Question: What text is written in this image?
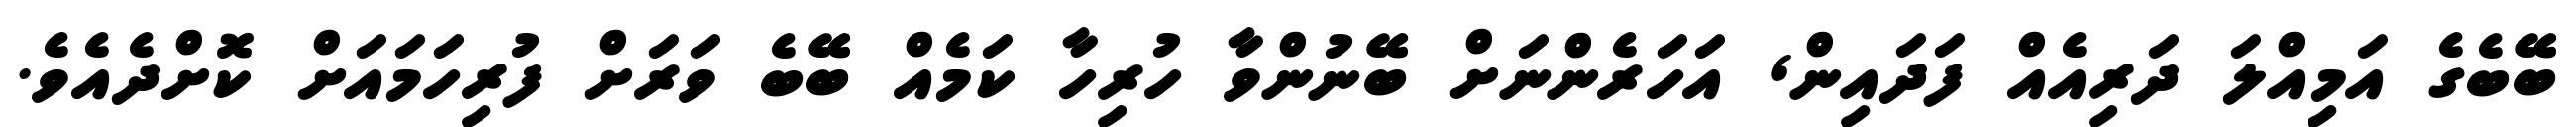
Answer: ބޭބެގެ އަމިއްލަ ދަރިއެއް ފަދައިން, އަހަރެންނަށް ބޭނުންވާ ހުރިހާ ކަމެއް ބޭބެ ވަރަށް ފުރިހަމައަށް ކޮށްދެއެވެ.